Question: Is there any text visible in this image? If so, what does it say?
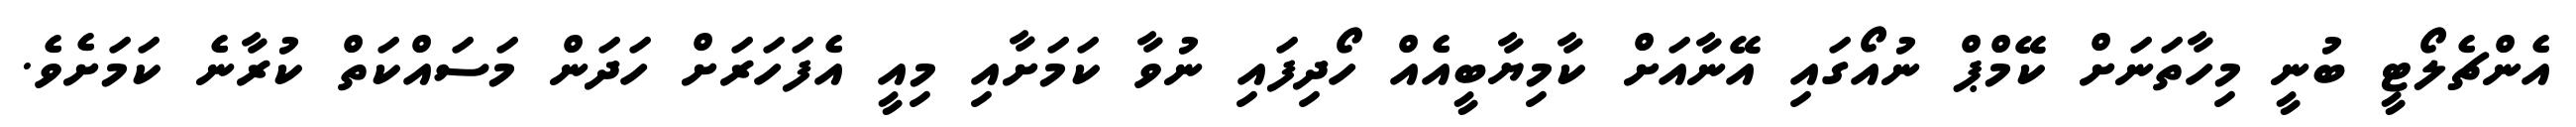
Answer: އެންޗެލޯޓީ ބުނީ މިހާތަނަށް ކޭމްޕް ނުއޯގައި އޭނާއަށް ކާމިޔާބީއެއް ހޯދިފައި ނުވާ ކަމަށާއި މިއީ އެފަހަރަށް ހަދަން މަސައްކަތް ކުރާނެ ކަމަށެވެ.